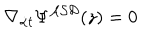
\nabla _ { { \dot { \alpha } } t } \Psi ^ { { \cal A S D } } ( z ) = 0